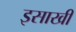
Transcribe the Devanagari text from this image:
इसाखी